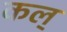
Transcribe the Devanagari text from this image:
कल्